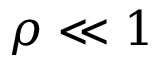
\rho \ll 1